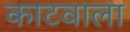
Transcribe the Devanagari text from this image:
काटवाला